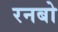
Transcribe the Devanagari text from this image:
रनबो